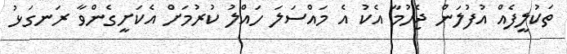
ތަކުލީފެއް އުފުލަން ޖެހުމާ އެކު އެ މައްސަލަ ހައްލު ކުރުމަށް އެކަށީގެންވާ ރަނގަޅު